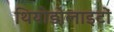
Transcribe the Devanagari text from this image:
थियोडोलाइटों